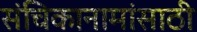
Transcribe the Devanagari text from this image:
संचिकानामांसाठी